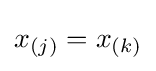
x_{(j)}=x_{(k)}